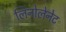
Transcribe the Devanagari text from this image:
लिनोलेनेट